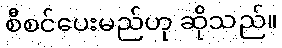
စီစင်ပေးမည်ဟု ဆိုသည်။